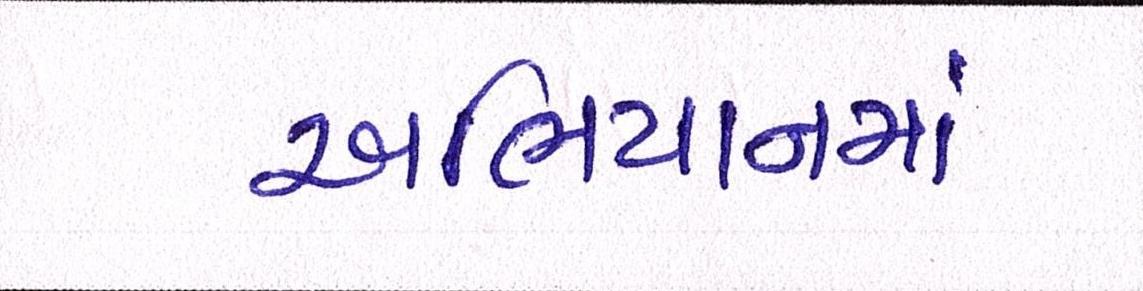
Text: અભિયાનમાં